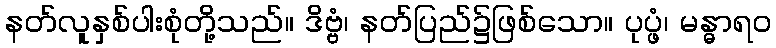
နတ်လူနှစ်ပါးစုံတို့သည်။ ဒိဗ္ဗံ၊ နတ်ပြည်၌ဖြစ်သော။ ပုပ္ဖံ၊ မန္ဓာရဝ